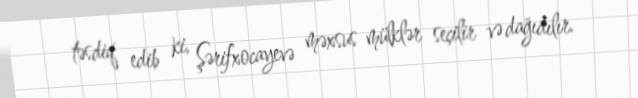
təsdiq edib ki, Şərifxocayevə məxsus mülklər seçilir və dağıdılır.